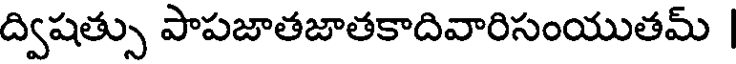
ద్విషత్సు పాపజాతజాతకాదివారిసంయుతమ్ |